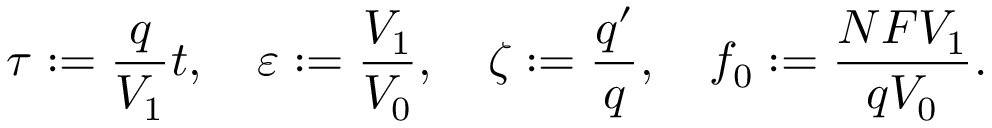
\tau : = \frac { q } { V _ { 1 } } t , \quad \varepsilon : = \frac { V _ { 1 } } { V _ { 0 } } , \quad \zeta : = \frac { q ^ { \prime } } { q } , \quad f _ { 0 } : = \frac { N F V _ { 1 } } { q V _ { 0 } } .